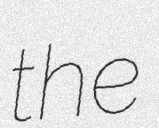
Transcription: the